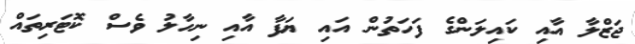
ޖަޒްލާ އާއި ކައިލަންގެ ފަހަތުން އައި ޔަފާ އާއި ނިހާލު ވެސް ކޮޓަރިތައް